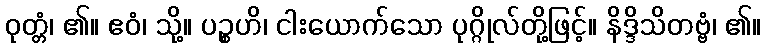
ဝုတ္တံ၊ ၏။ ဧဝံ၊ သို့။ ပဉ္စဟိ၊ ငါးယောက်သော ပုဂ္ဂိုလ်တို့ဖြင့်။ နိဒ္ဒိသိတဗ္ဗံ၊ ၏။